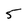
Character: 5